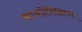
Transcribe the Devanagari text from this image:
कायदेशिक्षण